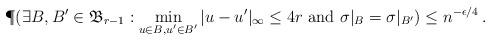
LaTeX: \begin{align*}\P(\exists B, B'\in \mathfrak B_{r-1}: \min_{u\in B, u'\in B'}|u - u'|_{\infty} \leq 4r \mbox{ and } \sigma|_B = \sigma|_{B'}) \leq n^{-\epsilon/4}\,.\end{align*}